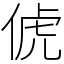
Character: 俿